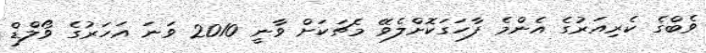
ވެބްގެ ކެރިއަރުގެ އެންމެ ފާހަގަކޮށްލެވޭ މެޗަކަށް ވާނީ 2010 ވަނަ އަހަރުގެ ވޯލްޑް